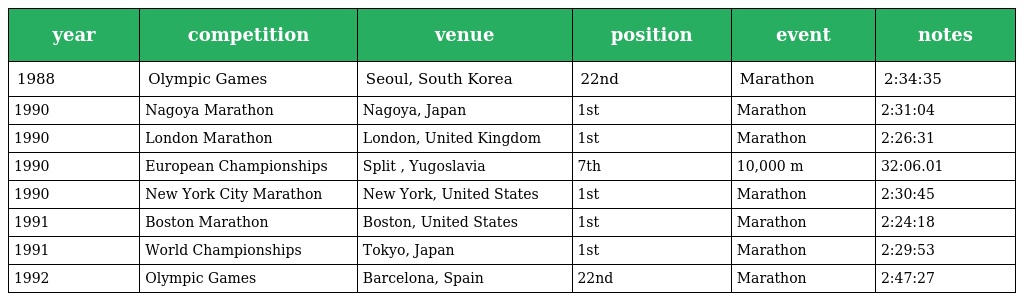
| year | competition | venue | position | event | notes |
 | --- | --- | --- | --- | --- | --- |
 | 1988 | Olympic Games | Seoul, South Korea | 22nd | Marathon | 2:34:35 |
 | 1990 | Nagoya Marathon | Nagoya, Japan | 1st | Marathon | 2:31:04 |
 | 1990 | London Marathon | London, United Kingdom | 1st | Marathon | 2:26:31 |
 | 1990 | European Championships | Split , Yugoslavia | 7th | 10,000 m | 32:06.01 |
 | 1990 | New York City Marathon | New York, United States | 1st | Marathon | 2:30:45 |
 | 1991 | Boston Marathon | Boston, United States | 1st | Marathon | 2:24:18 |
 | 1991 | World Championships | Tokyo, Japan | 1st | Marathon | 2:29:53 |
 | 1992 | Olympic Games | Barcelona, Spain | 22nd | Marathon | 2:47:27 |